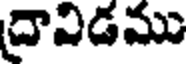
దావిడము